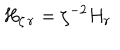
LaTeX: { H } _ { \zeta \, \bf r } = \zeta ^ { - 2 } { H } _ { \bf r } \;